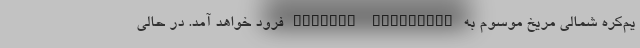
یم‌کره شمالی مریخ موسوم به "Utopia Planitia" فرود خواهد آمد. در حالی